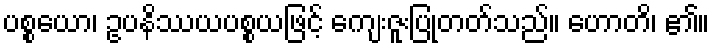
ပစ္စယော၊ ဥပနိဿယပစ္စယဖြင့် ကျေးဇူးပြုတတ်သည်။ ဟောတိ၊ ၏။